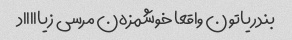
بندریاتون واقعا خوشمزه‌ن مرسی زیاااااد